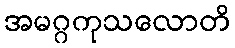
အမဂ္ဂကုသလောတိ